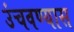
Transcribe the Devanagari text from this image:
उंचवण्यास